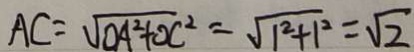
A C = \sqrt { O A ^ { 2 } + O C ^ { 2 } } = \sqrt { 1 ^ { 2 } + 1 ^ { 2 } } = \sqrt { 2 }